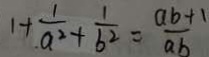
1 + \frac { 1 } { a ^ { 2 } } + \frac { 1 } { b ^ { 2 } } = \frac { a b + 1 } { a b }